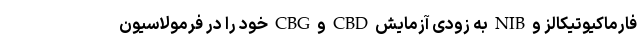
فارماکیوتیکالز و NIB به زودی آزمایش CBD و CBG خود را در فرمولاسیون